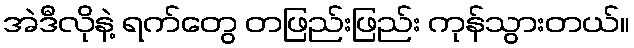
အဲဒီလိုနဲ့ ရက်တွေ တဖြည်းဖြည်း ကုန်သွားတယ်။